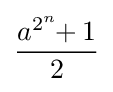
{\frac {a^{2^{n}}\!\!+1}{2}}